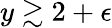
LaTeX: y\gtrsim 2+\epsilon